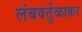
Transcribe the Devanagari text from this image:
लंबवर्तुळाकर